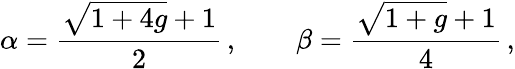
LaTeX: \alpha=\frac{\sqrt{1+4g}+1}{2}\, ,\qquad\beta=\frac{\sqrt{1+g}+1}{4}\, ,